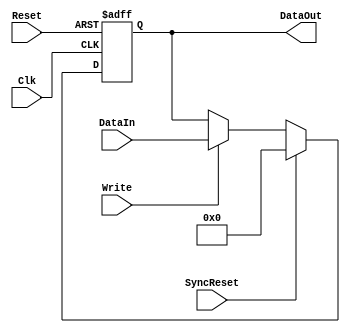
module eth_register(DataIn, DataOut, Write, Clk, Reset, SyncReset);
parameter WIDTH = 8; 
parameter RESET_VALUE = 0;
input [WIDTH-1:0] DataIn;
input Write;
input Clk;
input Reset;
input SyncReset;
output [WIDTH-1:0] DataOut;
reg    [WIDTH-1:0] DataOut;
always @ (posedge Clk or posedge Reset)
begin
  if(Reset)
    DataOut<=#1 RESET_VALUE;
  else
  if(SyncReset)
    DataOut<=#1 RESET_VALUE;
  else
  if(Write)                         
    DataOut<=#1 DataIn;
end
endmodule